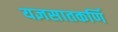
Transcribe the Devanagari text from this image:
यज्ञसातकर्णि